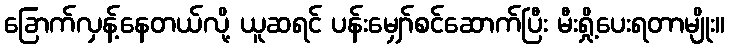
ခြောက်လှန့်နေတယ်လို့ ယူဆရင် ပန်းမျှော်စင်ဆောက်ပြီး မီးရှို့ပေးရတာမျိုး။